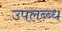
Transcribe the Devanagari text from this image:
उपलब्ब्ध